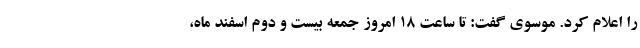
را اعلام کرد. موسوی گفت: تا ساعت ۱۸ امروز جمعه بیست و دوم اسفند ماه،